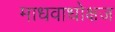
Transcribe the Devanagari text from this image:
माधवाधोक्षज